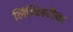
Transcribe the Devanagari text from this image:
लिंग्विस्टीक